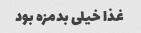
غذا خیلی بدمزه بود